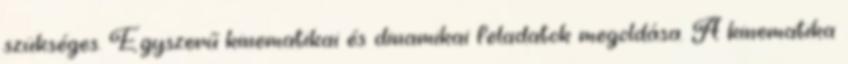
szükséges. Egyszerű kinematikai és dinamikai feladatok megoldása. A kinematika